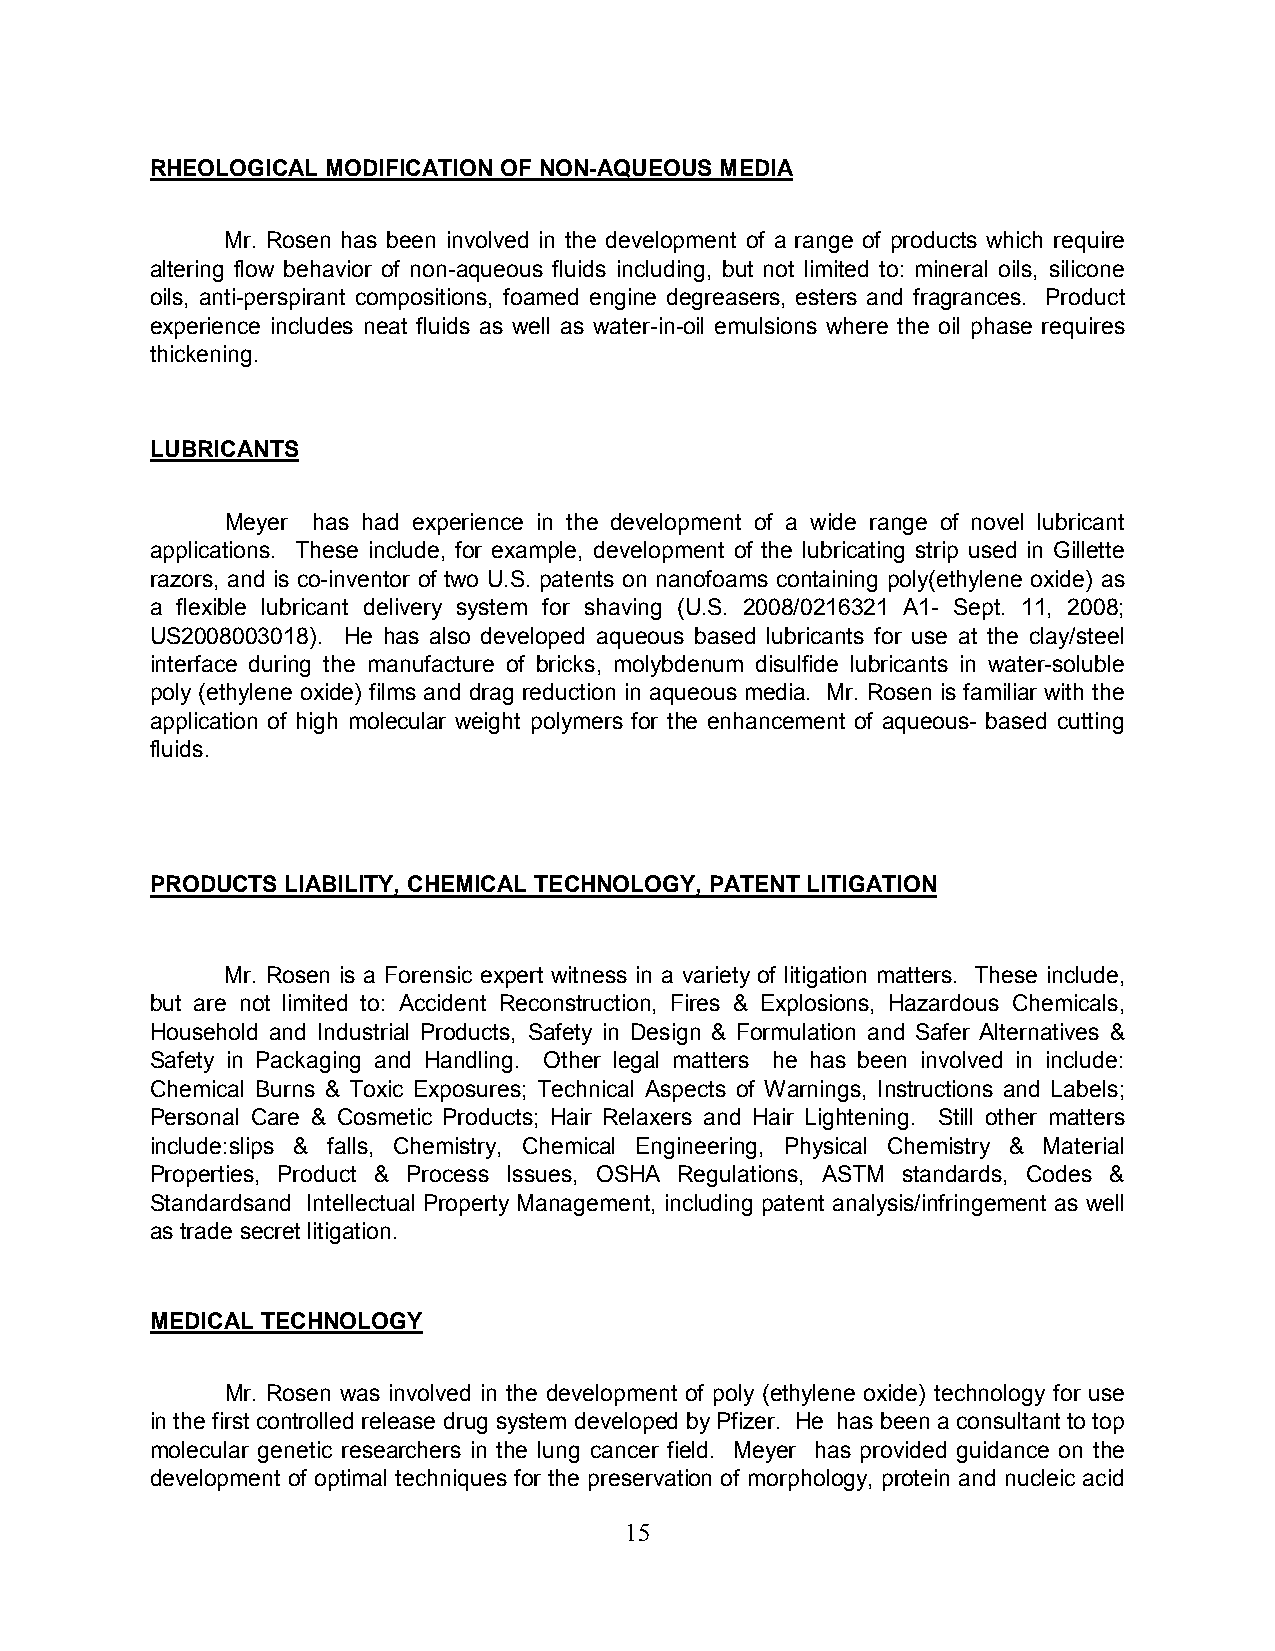
RHEOLOGICAL MODIFICATION OF NON-AQUEOUS MEDIA
 Mr. Rosen has been involved in the development of a range of products which require
 altering flow behavior of non-aqueous fluids including, but not limited to: mineral oils, silicone
 oils, anti-perspirant compositions, foamed engine degreasers, esters and fragrances. Product
 experience includes neat fluids as well as water-in-oil emulsions where the oil phase requires
 thickening.
 LUBRICANTS
 Meyer has had experience in the development of a wide range of novel lubricant
 applications. These include, for example, development of the lubricating strip used in Gillette
 razors, and is co-inventor of two U.S. patents on nanofoams containing poly(ethylene oxide) as
 a flexible lubricant delivery system for shaving (U.S. 2008/0216321 A1- Sept. 11, 2008;
 US2008003018). He has also developed aqueous based lubricants for use at the clay/steel
 interface during the manufacture of bricks, molybdenum disulfide lubricants in water-soluble
 poly (ethylene oxide) films and drag reduction in aqueous media. Mr. Rosen is familiar with the
 application of high molecular weight polymers for the enhancement of aqueous- based cutting
 fluids.
 PRODUCTS LIABILITY, CHEMICAL TECHNOLOGY, PATENT LITIGATION
 Mr. Rosen is a Forensic expert witness in a variety of litigation matters. These include,
 but are not limited to: Accident Reconstruction, Fires & Explosions, Hazardous Chemicals,
 Household and Industrial Products, Safety in Design & Formulation and Safer Alternatives &
 Safety in Packaging and Handling. Other legal matters he has been involved in include:
 Chemical Burns & Toxic Exposures; Technical Aspects of Warnings, Instructions and Labels;
 Personal Care & Cosmetic Products; Hair Relaxers and Hair Lightening. Still other matters
 include:slips & falls, Chemistry, Chemical Engineering, Physical Chemistry & Material
 Properties, Product & Process Issues, OSHA Regulations, ASTM standards, Codes &
 Standardsand Intellectual Property Management, including patent analysis/infringement as well
 as trade secret litigation.
 MEDICAL TECHNOLOGY
 Mr. Rosen was involved in the development of poly (ethylene oxide) technology for use
 in the first controlled release drug system developed by Pfizer. He has been a consultant to top
 molecular genetic researchers in the lung cancer field. Meyer has provided guidance on the
 development of optimal techniques for the preservation of morphology, protein and nucleic acid
 15